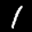
Label: 1